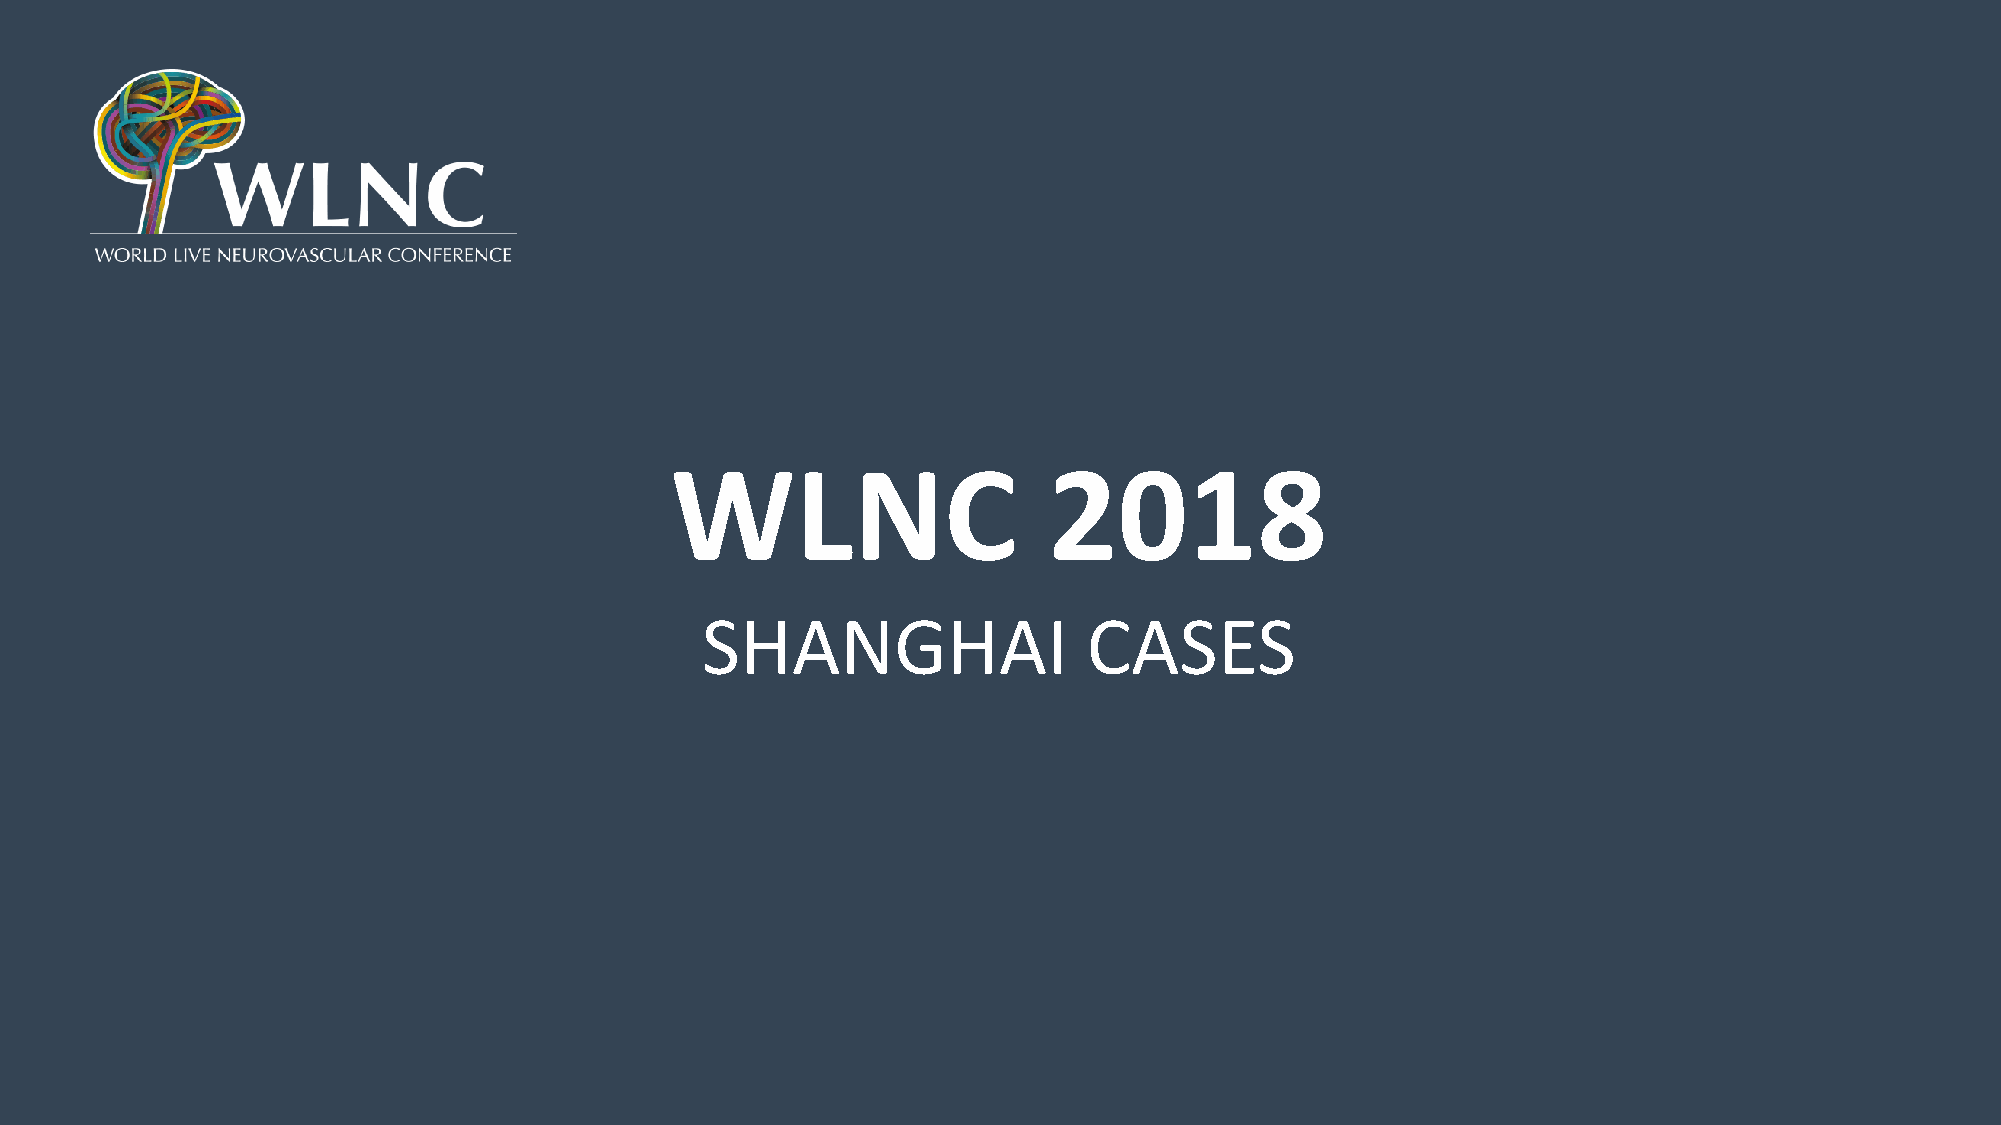
WLNC                     2018
 SHANGHAI                  CASES